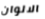
الالوان